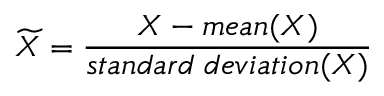
\widetilde { X } = \frac { X - m e a n ( X ) } { s t a n d a r d \; d e v i a t i o n ( X ) }